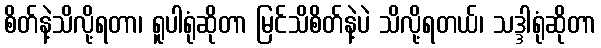
စိတ်နဲ့သိလို့ရတာ၊ ရူပါရုံဆိုတာ မြင်သိစိတ်နဲ့ပဲ သိလို့ရတယ်၊ သဒ္ဒါရုံဆိုတာ